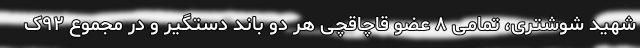
شهید شوشتری، تمامی ۸ عضو قاچاقچی هر دو باند دستگیر و در مجموع ۹۲ک